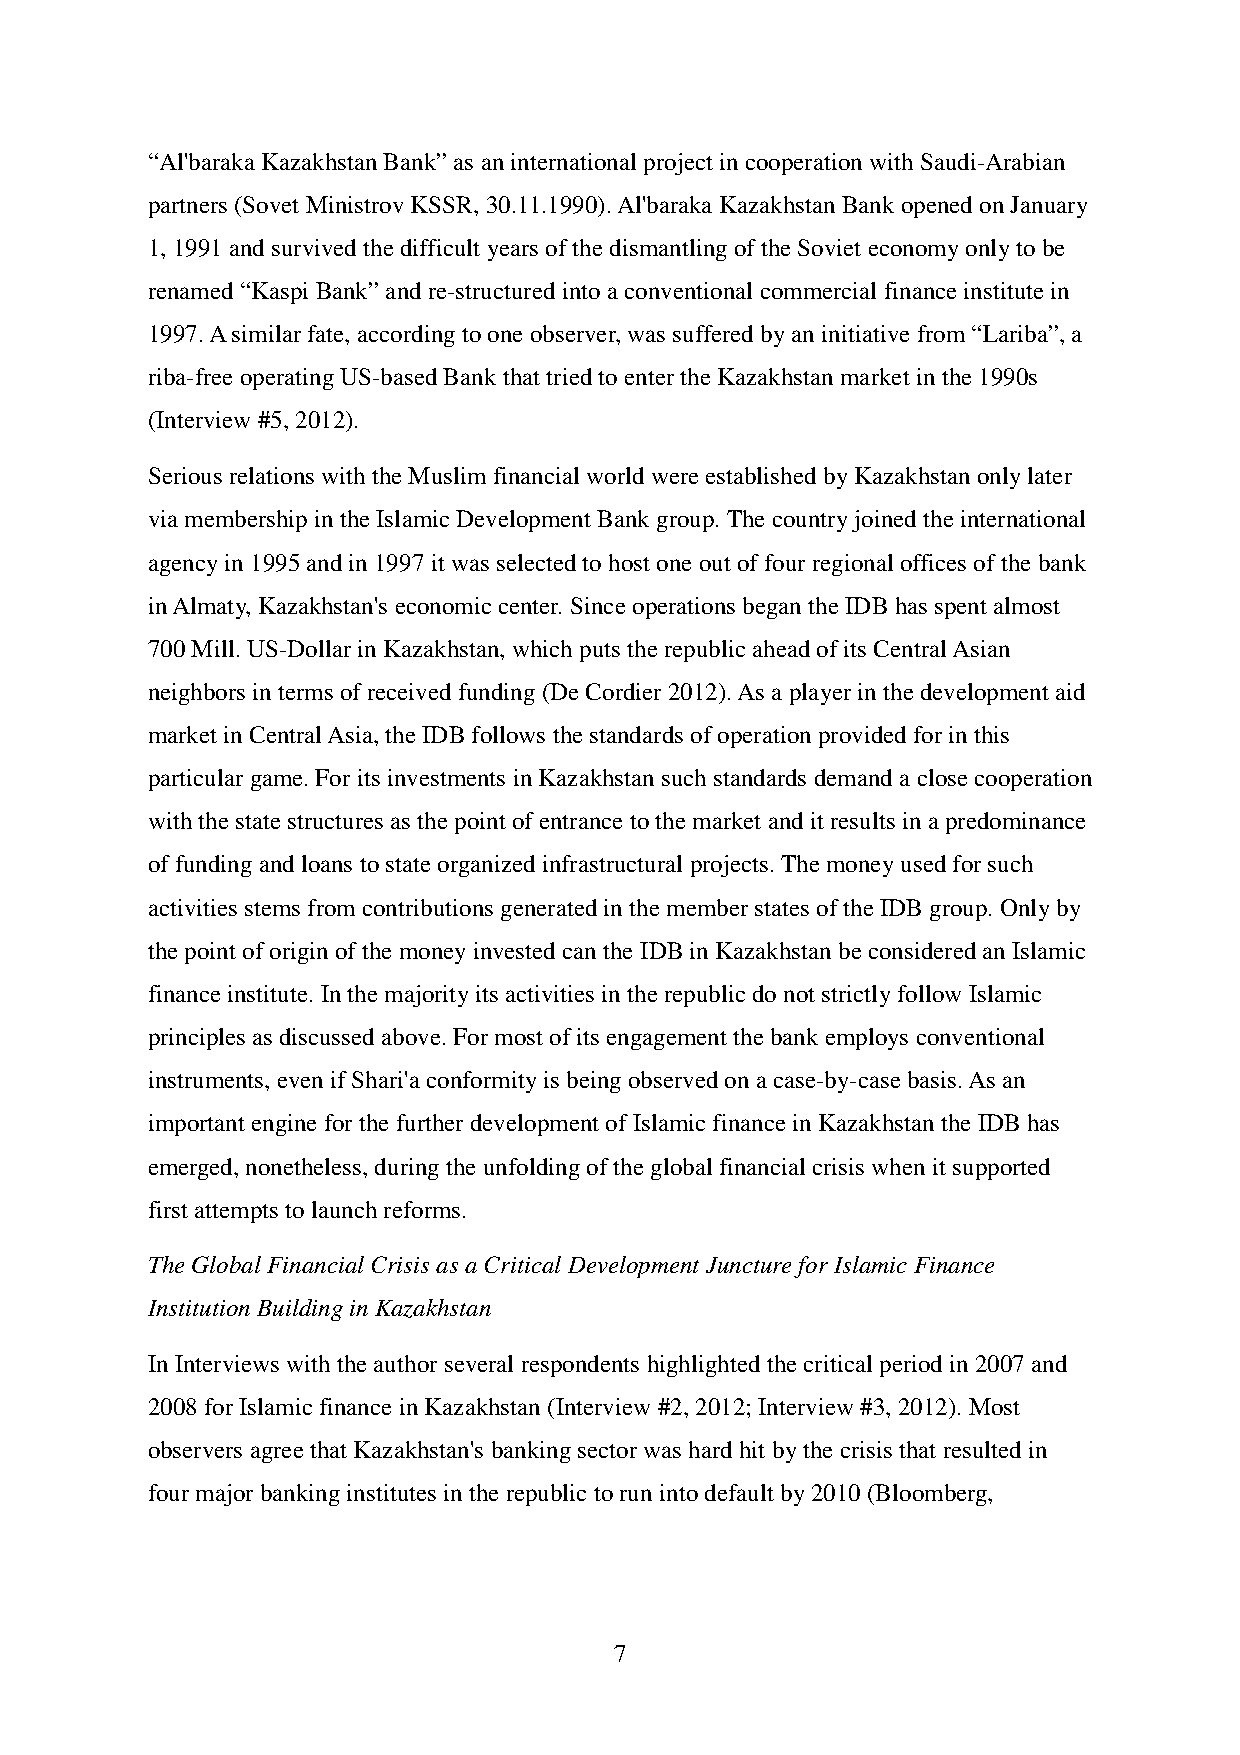
“Al'baraka Kazakhstan Bank” as an international project in cooperation with Saudi-Arabian
 partners (Sovet Ministrov KSSR, 30.11.1990). Al'baraka Kazakhstan Bank opened on January
 1, 1991 and survived the difficult years of the dismantling of the Soviet economy only to be
 renamed “Kaspi Bank” and re-structured into a conventional commercial finance institute in
 1997. A similar fate, according to one observer, was suffered by an initiative from “Lariba”, a
 riba-free operating US-based Bank that tried to enter the Kazakhstan market in the 1990s
 (Interview #5, 2012).
 Serious relations with the Muslim financial world were established by Kazakhstan only later
 via membership in the Islamic Development Bank group. The country joined the international
 agency in 1995 and in 1997 it was selected to host one out of four regional offices of the bank
 in Almaty, Kazakhstan's economic center. Since operations began the IDB has spent almost
 700 Mill. US-Dollar in Kazakhstan, which puts the republic ahead of its Central Asian
 neighbors in terms of received funding (De Cordier 2012). As a player in the development aid
 market in Central Asia, the IDB follows the standards of operation provided for in this
 particular game. For its investments in Kazakhstan such standards demand a close cooperation
 with the state structures as the point of entrance to the market and it results in a predominance
 of funding and loans to state organized infrastructural projects. The money used for such
 activities stems from contributions generated in the member states of the IDB group. Only by
 the point of origin of the money invested can the IDB in Kazakhstan be considered an Islamic
 finance institute. In the majority its activities in the republic do not strictly follow Islamic
 principles as discussed above. For most of its engagement the bank employs conventional
 instruments, even if Shari'a conformity is being observed on a case-by-case basis. As an
 important engine for the further development of Islamic finance in Kazakhstan the IDB has
 emerged, nonetheless, during the unfolding of the global financial crisis when it supported
 first attempts to launch reforms.
 The Global Financial Crisis as a Critical Development Juncture for Islamic Finance
 Institution Building in Kazakhstan
 In Interviews with the author several respondents highlighted the critical period in 2007 and
 2008 for Islamic finance in Kazakhstan (Interview #2, 2012; Interview #3, 2012). Most
 observers agree that Kazakhstan's banking sector was hard hit by the crisis that resulted in
 four major banking institutes in the republic to run into default by 2010 (Bloomberg,
 7